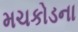
મચકોડના